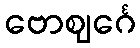
ဗောဈင်္ဂေ